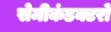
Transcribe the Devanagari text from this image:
सेमीकंडक्टरों